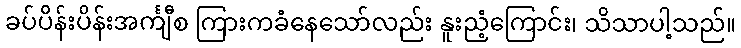
ခပ်ပိန်းပိန်းအင်္ကျီစ ကြားကခံနေသော်လည်း နူးညံ့ကြောင်း၊ သိသာပါ့သည်။